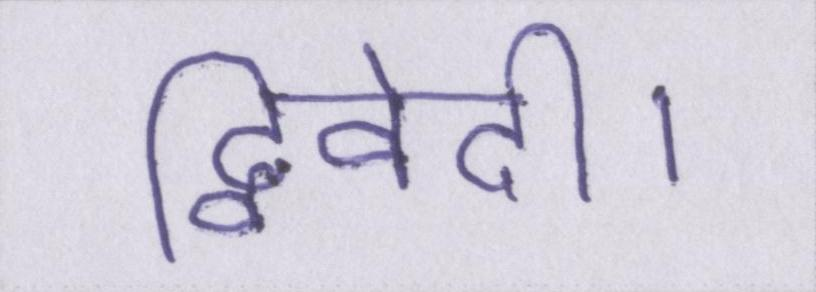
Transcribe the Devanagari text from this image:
द्विवेदी।